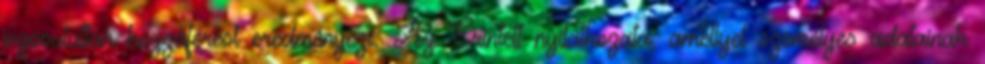
jogosulatlan hozzáférést eredményezi. Az Érintett nyilatkozata, amellyel személyes adatainak